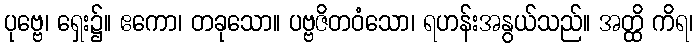
ပုဗ္ဗေ၊ ရှေး၌။ ဧကော၊ တခုသော။ ပဗ္ဗဇိတဝံသော၊ ရဟန်းအနွယ်သည်။ အတ္ထိ ကိရ၊